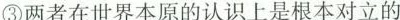
③两者在世界本原的认识上是根本对立的